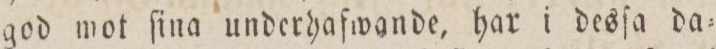
god mot ſina underhafwande, har i desſa da=